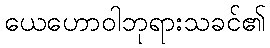
ယေဟောဝါဘုရားသခင်၏